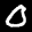
Label: 0